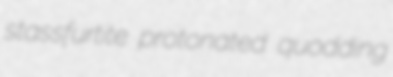
stassfurtite protonated quodding